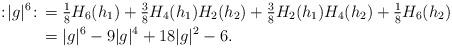
LaTeX: \begin{align*}:\!|g|^6\!: \, & = \tfrac 18 H_6(h_1) + \tfrac 38 H_4(h_1) H_2(h_2)+ \tfrac 38 H_2(h_1) H_4(h_2)+ \tfrac 18 H_6(h_2) \\& = |g|^6 - 9|g|^4 + 18 |g|^2 - 6.\end{align*}